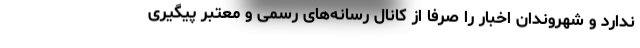
ندارد و شهروندان اخبار را صرفا از کانال رسانه‌های رسمی و معتبر پیگیری